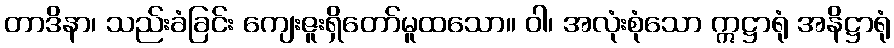
တာဒိနာ၊ သည်းခံခြင်း ကျေးဇူးရှိတော်မူထသော။ ဝါ၊ အလုံးစုံသော ဣဋ္ဌာရုံ အနိဋ္ဌာရုံ